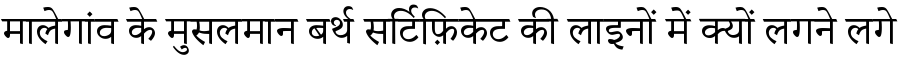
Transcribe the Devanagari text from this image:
मालेगांव के मुसलमान बर्थ सर्टिफ़िकेट की लाइनों में क्यों लगने लगे